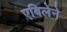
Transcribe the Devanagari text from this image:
एबिलेने